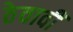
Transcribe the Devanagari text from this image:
ठेवावीं